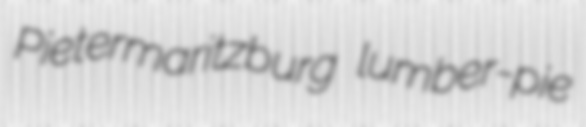
Pietermaritzburg lumber-pie